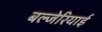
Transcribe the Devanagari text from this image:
बल्जेरियाई